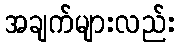
အချက်များလည်း